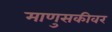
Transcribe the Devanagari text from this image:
माणुसकीवर